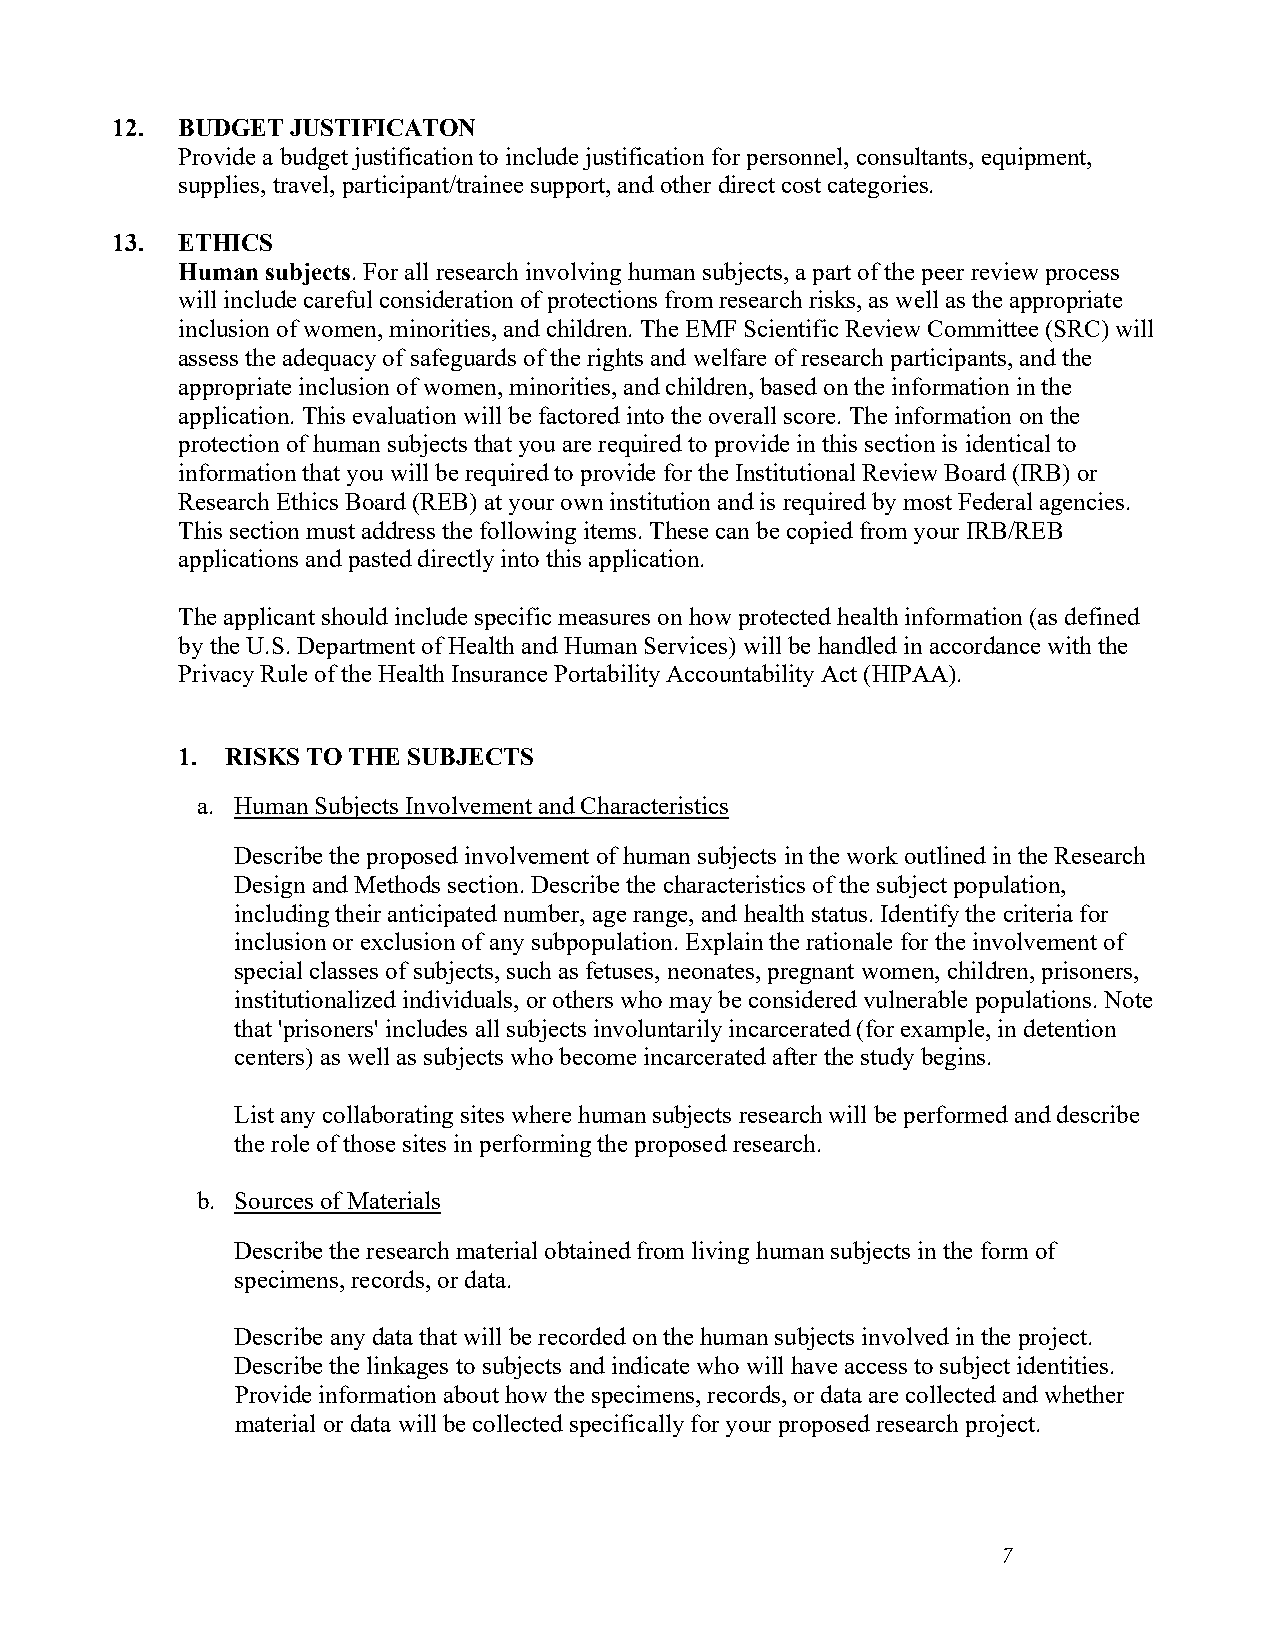
12.  BUDGET JUSTIFICATON
 Provide a budget justification to include justification for personnel, consultants, equipment,
 supplies, travel, participant/trainee support, and other direct cost categories.
 13.  ETHICS
 Human subjects. For all research involving human subjects, a part of the peer review process
 will include careful consideration of protections from research risks, as well as the appropriate
 inclusion of women, minorities, and children. The EMF Scientific Review Committee (SRC) will
 assess the adequacy of safeguards of the rights and welfare of research participants, and the
 appropriate inclusion of women, minorities, and children, based on the information in the
 application. This evaluation will be factored into the overall score. The information on the
 protection of human subjects that you are required to provide in this section is identical to
 information that you will be required to provide for the Institutional Review Board (IRB) or
 Research Ethics Board (REB) at your own institution and is required by most Federal agencies.
 This section must address the following items. These can be copied from your IRB/REB
 applications and pasted directly into this application.
 The applicant should include specific measures on how protected health information (as defined
 by the U.S. Department of Health and Human Services) will be handled in accordance with the
 Privacy Rule of the Health Insurance Portability Accountability Act (HIPAA).
 1. RISKS TO THE SUBJECTS
 a. Human Subjects Involvement and Characteristics
 Describe the proposed involvement of human subjects in the work outlined in the Research
 Design and Methods section. Describe the characteristics of the subject population,
 including their anticipated number, age range, and health status. Identify the criteria for
 inclusion or exclusion of any subpopulation. Explain the rationale for the involvement of
 special classes of subjects, such as fetuses, neonates, pregnant women, children, prisoners,
 institutionalized individuals, or others who may be considered vulnerable populations. Note
 that 'prisoners' includes all subjects involuntarily incarcerated (for example, in detention
 centers) as well as subjects who become incarcerated after the study begins.
 List any collaborating sites where human subjects research will be performed and describe
 the role of those sites in performing the proposed research.
 b. Sources of Materials
 Describe the research material obtained from living human subjects in the form of
 specimens, records, or data.
 Describe any data that will be recorded on the human subjects involved in the project.
 Describe the linkages to subjects and indicate who will have access to subject identities.
 Provide information about how the specimens, records, or data are collected and whether
 material or data will be collected specifically for your proposed research project.
 7